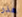
هذر